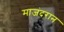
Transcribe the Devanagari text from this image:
माजंदरान